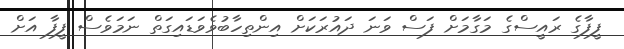
ފީފާގެ ރައީސްގެ މަގާމަށް ފަސް ވަނަ ދައުރަކަށް އިންތިހާބުވެވަޑައިގަތް ނަމަވެސް ފީފާ އަށް